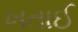
ખતાઈ